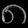
Digit: ၈